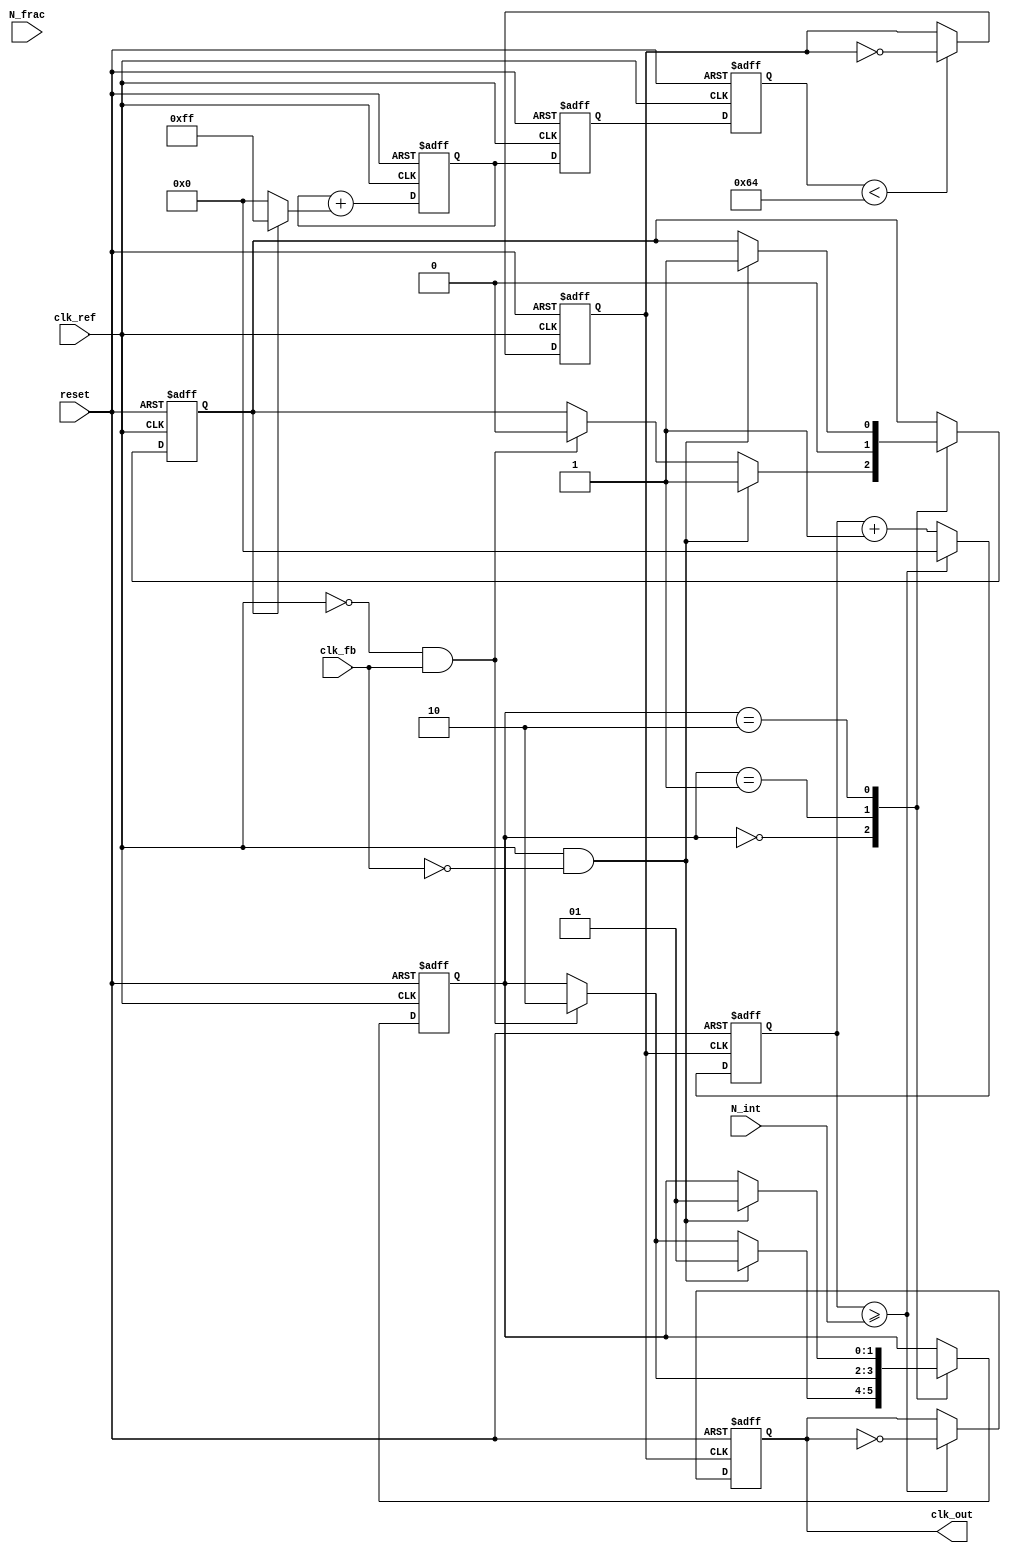
module frac_n_pll (
    input wire clk_ref,           // Reference clock input
    input wire clk_fb,            // Feedback clock input from VCO
    input wire reset,             // Asynchronous reset
    input wire [N-1:0] N_int,     // Integer division value
    input wire [M-1:0] N_frac,    // Fractional division value
    output wire clk_out           // Output clock
);
    parameter N = 8;              // Width of integer part
    parameter M = 4;              // Width of fractional part
    parameter VCO_MAX_FREQ = 100; // Max VCO frequency (arbitrary units)

    // PFD signals
    reg up, down;
    reg [1:0] state;              // State for PFD
    localparam PFD_IDLE = 2'b00, PFD_UP = 2'b01, PFD_DOWN = 2'b10;

    // Charge Pump signals
    reg [7:0] cp_output;          // Charge pump output voltage
    wire [7:0] cp_current;        // Current output from charge pump

    // Loop Filter (simple first-order)
    reg [7:0] loop_filter_output;

    // VCO
    reg [7:0] vco_freq;           // VCO frequency output
    reg clk_vco;                  // VCO clock output

    // Frequency Divider
    reg [N-1:0] divider_count;    // Counter for frequency division
    reg clk_div;                  // Divided clock output

    // Fractional Control Logic (simple delta-sigma modulator)
    reg [M-1:0] frac_counter;      // Counter for fractional part
    reg frac_signal;               // Signal to adjust division

    // PFD Logic
    always @(posedge clk_ref or posedge reset) begin
        if (reset) begin
            state <= PFD_IDLE;
            up <= 0;
            down <= 0;
        end else begin
            case (state)
                PFD_IDLE: begin
                    if (clk_ref && !clk_fb) begin
                        up <= 1;
                        down <= 0;
                        state <= PFD_UP;
                    end else if (!clk_ref && clk_fb) begin
                        up <= 0;
                        down <= 1;
                        state <= PFD_DOWN;
                    end
                end
                PFD_UP: begin
                    up <= 0;
                    if (!clk_ref && clk_fb) begin
                        down <= 1;
                        state <= PFD_DOWN;
                    end
                end
                PFD_DOWN: begin
                    down <= 0;
                    if (clk_ref && !clk_fb) begin
                        up <= 1;
                        state <= PFD_UP;
                    end
                end
            endcase
        end
    end

    // Charge Pump Logic
    assign cp_current = (up) ? 8'hFF : (down) ? 8'h00 : 8'h00; // Simple CP behavior

    always @(posedge clk_ref or posedge reset) begin
        if (reset) begin
            cp_output <= 8'b0;
        end else begin
            cp_output <= cp_output + cp_current; // Integrate current
        end
    end

    // Loop Filter Logic
    always @(posedge clk_ref or posedge reset) begin
        if (reset) begin
            loop_filter_output <= 8'b0;
        end else begin
            loop_filter_output <= cp_output; // Simple filter
        end
    end

    // VCO Logic
    always @(posedge clk_ref or posedge reset) begin
        if (reset) begin
            vco_freq <= 8'b0;
            clk_vco <= 0;
        end else begin
            vco_freq <= loop_filter_output; // Control VCO frequency
            clk_vco <= (vco_freq < VCO_MAX_FREQ) ? ~clk_vco : clk_vco; // Generate VCO clock
        end
    end

    // Frequency Divider Logic
    always @(posedge clk_vco or posedge reset) begin
        if (reset) begin
            divider_count <= 0;
            clk_div <= 0;
        end else begin
            divider_count <= divider_count + 1;
            if (divider_count >= N_int) begin
                clk_div <= ~clk_div;
                divider_count <= 0;
            end
        end
    end

    // Output Clock Generation
    assign clk_out = clk_div;

endmodule